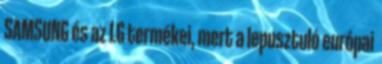
SAMSUNG és az LG termékei, mert a lepusztuló európai